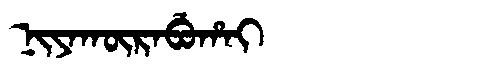
Manchu: ᠨᡳᠶᠠᡴᡡᡵᠠᠪᡠᡥᠠᡳ
Romanization: NIYAKŪRABUHAI